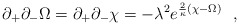
\begin{align*}\partial_+\partial_-\Omega=\partial_+\partial_-\chi=-\lambda^2 e^{{2\over \kappa}(\chi-\Omega)}\ \ ,\end{align*}